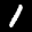
Label: 1